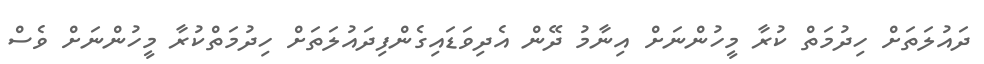
ދައުލަތަށް ހިދުމަތް ކުރާ މީހުންނަށް އިނާމު ދޭން އެދިވަޑައިގެންފިދައުލަތަށް ހިދުމަތްކުރާ މީހުންނަށް ވެސް